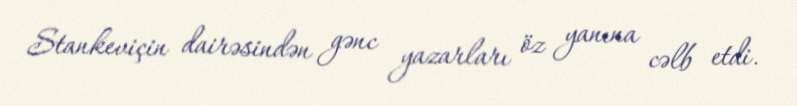
Stankeviçin dairəsindən gənc yazarları öz yanına cəlb etdi.